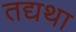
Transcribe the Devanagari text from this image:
तद्यथा